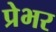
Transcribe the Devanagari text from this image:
प्रेभर